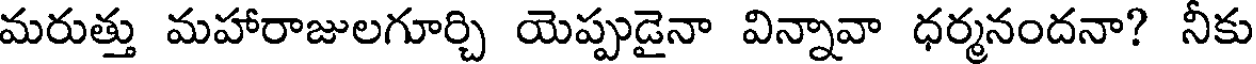
మరుత్తు మహారాజులగూర్చి యెప్పుడైనా విన్నావా ధర్మనందనా? నీకు